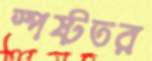
স্পষ্টতর